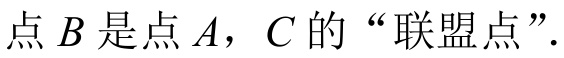
点\(B\)是点\(A\)，\(C\)的“联盟点”.